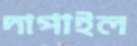
দাপাইল